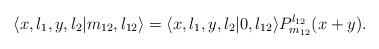
LaTeX: \begin{align*}\langle x,l_1,y,l_2 | m_{12}, l_{12}\rangle &= \langle x,l_1,y,l_2 | 0, l_{12}\rangle P_{m_{12}}^{l_{12}} (x + y). \end{align*}